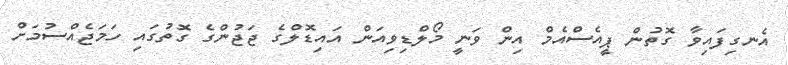
އެނގިފައިވާ ގޮތުން ޕީއެސްއެމް އިން ވަނީ މޯލްޑިވިއަން އައިޑޮލްގެ ޖަޖުންގެ ގޮތުގައި ހަމަޖެއްސުމަށް